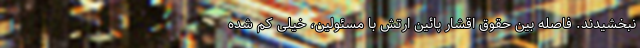
نبخشیدند. فاصله بین حقوق اقشار پائین ارتش با مسئولین، خیلی کم شده